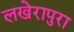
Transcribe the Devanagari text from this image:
लखेरापुरा